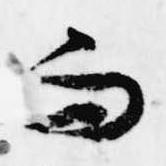
而